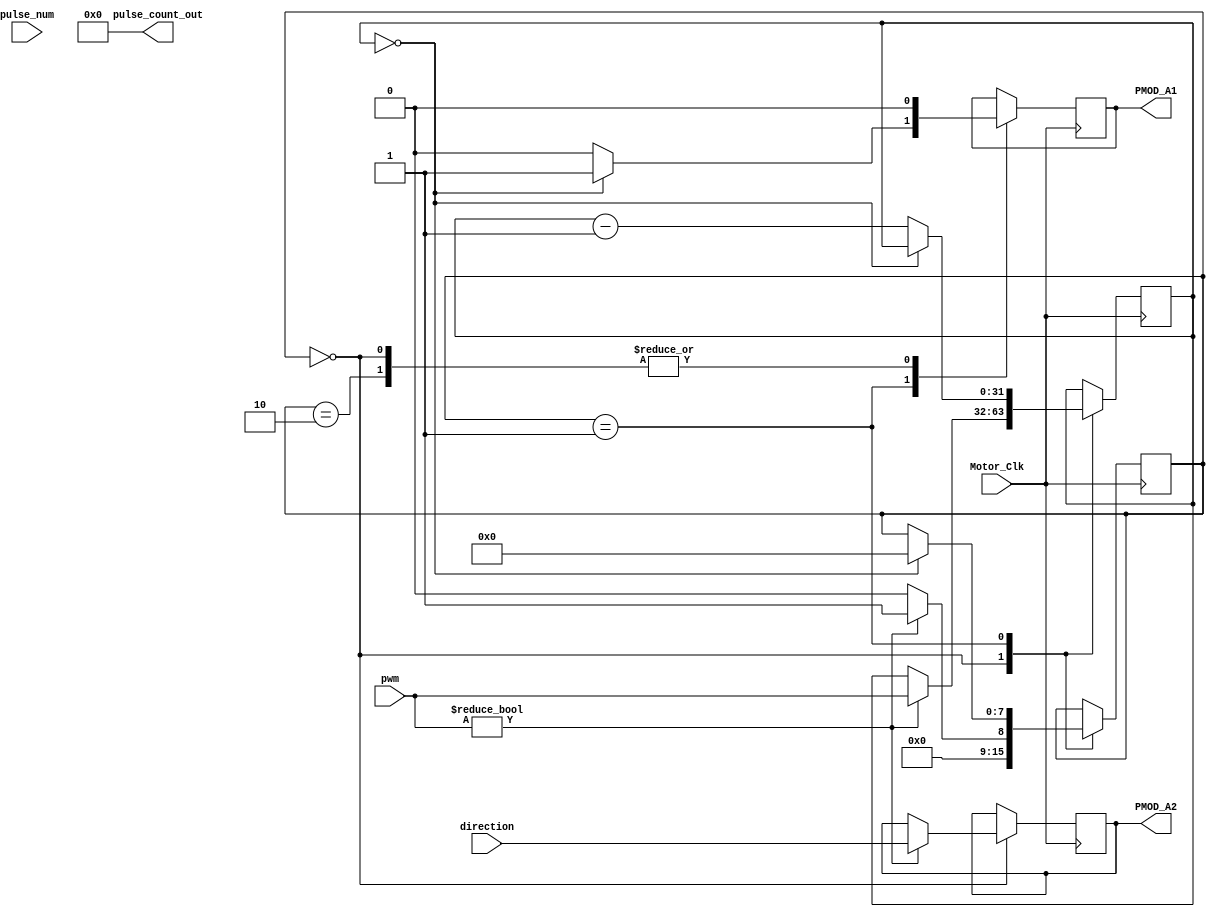
`timescale 1ns / 1ps
//////////////////////////////////////////////////////////////////////////////////
// Company: 
// Engineer: 
// 
// Design Name: 
// Module Name: motor
// Project Name: 
// Target Devices: 
// Tool Versions: 
// Description: 
// 
// Dependencies: 
// 
// Revision:
// Revision 0.01 - File Created
// Additional Comments:
// 
//////////////////////////////////////////////////////////////////////////////////


module motor(   
    output PMOD_A1,
    output PMOD_A2,
    input wire Motor_Clk,
    input direction,
    input [31:0] pulse_num,
    input [31:0] pwm,
    output [31:0] pulse_count_out
    );
    
    reg [7:0] Motor_FSM = 8'd0 ;
    reg [31:0] pulse_counter = 32'd0;
    reg EN;
    reg DIR;
    reg [31:0] count = 32'd0;
    reg [2:0] loop;

    assign PMOD_A1 = EN;
    assign PMOD_A2 = DIR;
    assign pulse_count_out = pulse_counter;


    initial begin
        EN = 1'b0;
        DIR = 1'b0;
    end
    
    always @(posedge Motor_Clk) begin
        case(Motor_FSM)
            8'd0 : begin
                if (pwm != 32'd0) begin
                    count <= pwm;
                    DIR <= direction;
                    EN <= 1'b0;
                    Motor_FSM <= 8'd1;
                end 
                
                else begin
                    Motor_FSM <= 8'd0;
                    EN <= 1'b0;
                end
            end
               
                
            8'd1 : begin
                if (count == 1'b0) begin
                    EN <= 1'b1;
                    Motor_FSM <= 8'd0;
                end
                
                else begin
                    EN <= 1'b0;
                    count <= count - 1'b1;
                end
           end
           
           8'd2 : begin
                EN <= 1'b0;
            end
           
        endcase
    end


    
    
endmodule